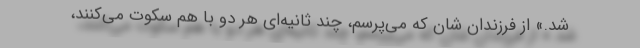
شد.» از فرزندان شان که می‌پرسم، چند ثانیه‌ای هر دو با هم سکوت می‌کنند،